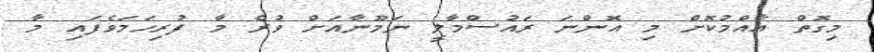
މިގޮތް ޢާއްމުކޮށް މި އޮންނަ ރައުސްމާލީ ނަމޫނާއަށް ވުރެ މާ ފުރިހަމަވެފައި މާ